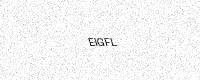
Text: EIGFL